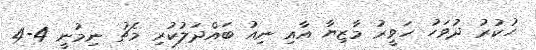
ހުކުރު ދުވަހު ހަވީރު މާޒިޔާ އާއި ނިއު ބައްދަލުކުރި މެޗު ނިމުނީ 4-4